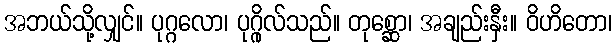
အဘယ်သို့လျှင်။ ပုဂ္ဂလော၊ ပုဂ္ဂိုလ်သည်။ တုစ္ဆော၊ အချည်းနှီး။ ဝိဟိတော၊